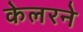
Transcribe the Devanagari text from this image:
केलरने